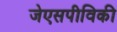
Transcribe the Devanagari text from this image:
जेएसपीविकी